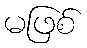
မဖြစ်